Indian journal of veterinary science and animal husbandry - Volume 13,
Year: 1943
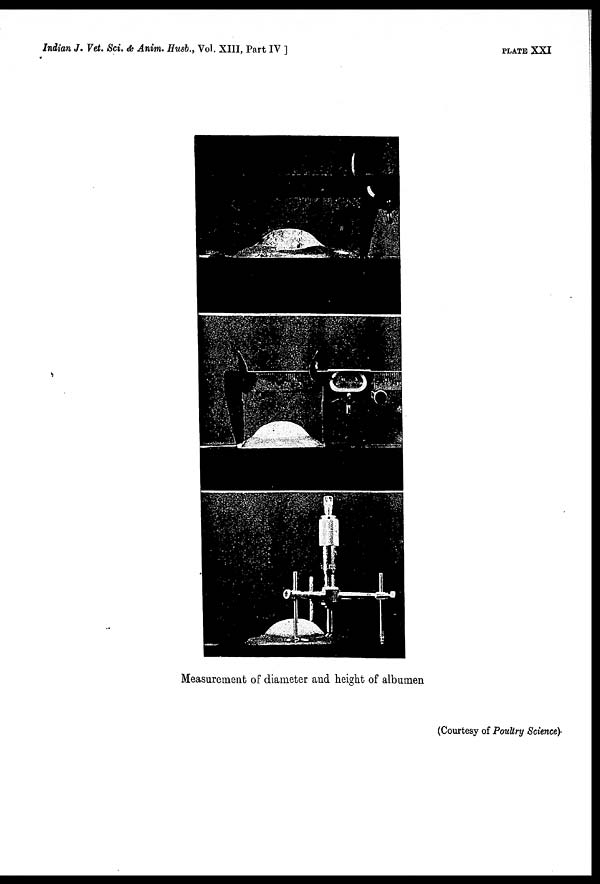
Indian J. Vet. Sci. & Anim. Husb., Vol. XIII, Part IV ]
PLATE
XXI
Measurement of diameter and height of albumen
(Courtesy of Poultry Science)